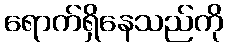
ရောက်ရှိနေသည်ကို